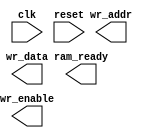
/// sta-blackbox
module s_box_maker (
clk, reset, ram_ready, wr_enable, wr_addr, wr_data);
	input clk;
	input reset;
	output reg ram_ready;
	output reg wr_enable;
	output [0:7] wr_addr;
	output [0:7] wr_data;
	
	reg [0:7] count;
	reg [0:7] mem_data_in;
	
endmodule